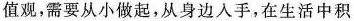
值观，需要从小做起，从身边入手，在生活中积